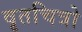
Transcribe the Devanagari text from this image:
वृतचित्रो